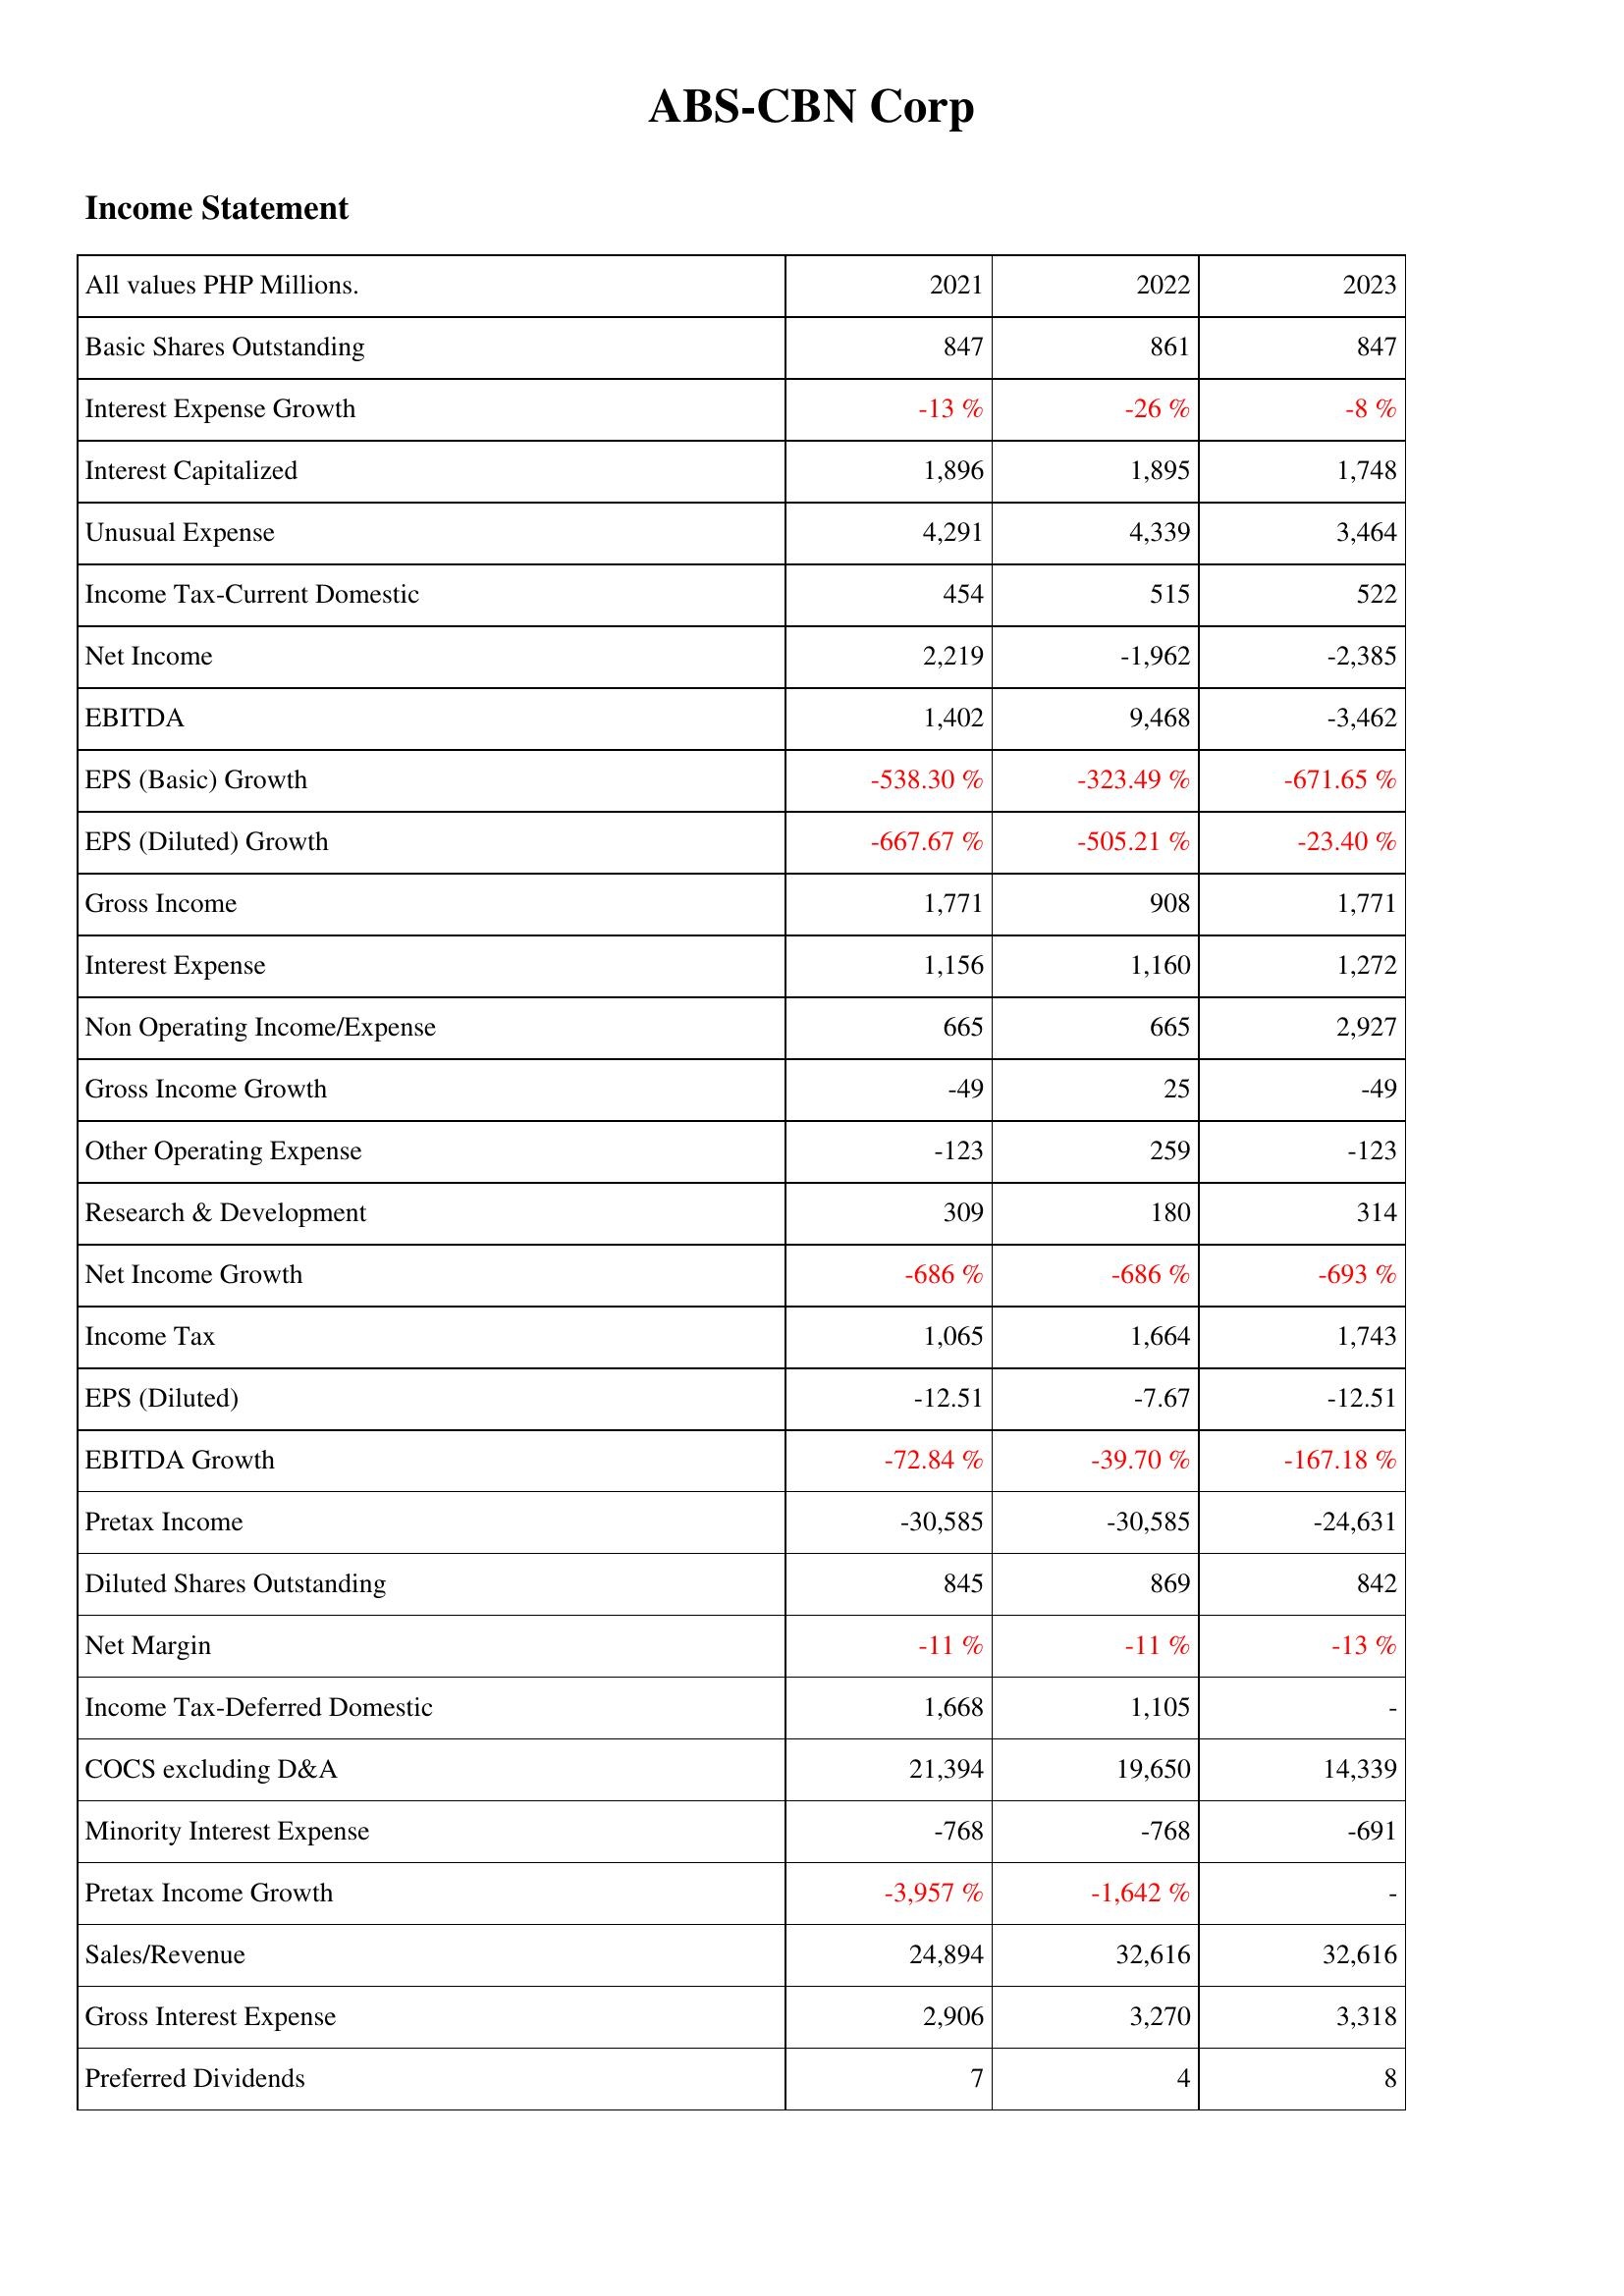
2021: Income Statement: Basic Shares Outstanding: 847
Interest Expense Growth: -13 %
Interest Capitalized: 1,896
Unusual Expense: 4,291
Income Tax-Current Domestic: 454
Net Income: 2,219
EBITDA: 1,402
EPS (Basic) Growth: -538.30 %
EPS (Diluted) Growth: -667.67 %
Gross Income: 1,771
Interest Expense: 1,156
Non Operating Income/Expense: 665
Gross Income Growth: -49
Other Operating Expense: -123
Research & Development: 309
Net Income Growth: -686 %
Income Tax: 1,065
EPS (Diluted): -12.51
EBITDA Growth: -72.84 %
Pretax Income: -30,585
Diluted Shares Outstanding: 845
Net Margin: -11 %
Income Tax-Deferred Domestic: 1,668
COCS excluding D&A: 21,394
Minority Interest Expense: -768
Pretax Income Growth: -3,957 %
Sales/Revenue: 24,894
Gross Interest Expense: 2,906
Preferred Dividends: 7
2022: Income Statement: Basic Shares Outstanding: 861
Interest Expense Growth: -26 %
Interest Capitalized: 1,895
Unusual Expense: 4,339
Income Tax-Current Domestic: 515
Net Income: -1,962
EBITDA: 9,468
EPS (Basic) Growth: -323.49 %
EPS (Diluted) Growth: -505.21 %
Gross Income: 908
Interest Expense: 1,160
Non Operating Income/Expense: 665
Gross Income Growth: 25
Other Operating Expense: 259
Research & Development: 180
Net Income Growth: -686 %
Income Tax: 1,664
EPS (Diluted): -7.67
EBITDA Growth: -39.70 %
Pretax Income: -30,585
Diluted Shares Outstanding: 869
Net Margin: -11 %
Income Tax-Deferred Domestic: 1,105
COCS excluding D&A: 19,650
Minority Interest Expense: -768
Pretax Income Growth: -1,642 %
Sales/Revenue: 32,616
Gross Interest Expense: 3,270
Preferred Dividends: 4
2023: Income Statement: Basic Shares Outstanding: 847
Interest Expense Growth: -8 %
Interest Capitalized: 1,748
Unusual Expense: 3,464
Income Tax-Current Domestic: 522
Net Income: -2,385
EBITDA: -3,462
EPS (Basic) Growth: -671.65 %
EPS (Diluted) Growth: -23.40 %
Gross Income: 1,771
Interest Expense: 1,272
Non Operating Income/Expense: 2,927
Gross Income Growth: -49
Other Operating Expense: -123
Research & Development: 314
Net Income Growth: -693 %
Income Tax: 1,743
EPS (Diluted): -12.51
EBITDA Growth: -167.18 %
Pretax Income: -24,631
Diluted Shares Outstanding: 842
Net Margin: -13 %
Income Tax-Deferred Domestic: -
COCS excluding D&A: 14,339
Minority Interest Expense: -691
Pretax Income Growth: -
Sales/Revenue: 32,616
Gross Interest Expense: 3,318
Preferred Dividends: 8